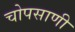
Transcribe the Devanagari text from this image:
चोपसाणी